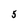
Character: 5